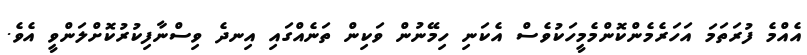
އެއްމެ ފުރަތަމަ އަހަރެމެންކޮންމެމީހަކުވެސް އެކަނި ހިމޭނުން ވަކިން ތަނެއްގައި އިނދެ ވިސްނާފިކުރުކޮށްލަންވީ އެވެ.